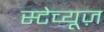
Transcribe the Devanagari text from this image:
स्टेच्यूज़